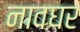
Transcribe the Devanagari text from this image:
नावघर